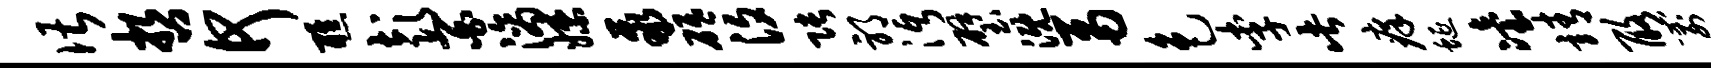
谌哲何醮彭百滴嫖聚砥汐张邪沔璧溉鬲色李此痒蜒冶靖酪箭